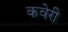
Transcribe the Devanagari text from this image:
कवेरी